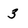
Character: 3